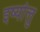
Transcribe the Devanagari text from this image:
इर्ष्यालु